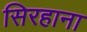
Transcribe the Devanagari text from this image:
सिरहाना